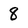
Character: 8